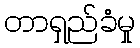
တာရှည်ခံမှု